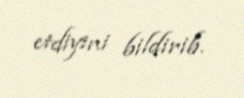
etdiyini bildirib.